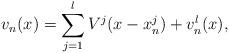
LaTeX: \begin{align*}v_n(x) = \sum_{j=1}^l V^j(x-x_n^j) + v^l_n(x), \end{align*}